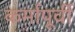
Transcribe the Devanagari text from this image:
कर्मापूर्वी